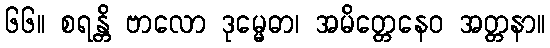
၆၆။ စရန္တိ ဗာလော ဒုမ္မေဓာ၊ အမိတ္တေနေဝ အတ္တနာ။